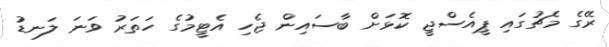
ރޭގެ މެޗުގައި ޕީއެސްޖީ ކޮޅަށް ބާސައިން ޖެހި އެޓީމުގެ ހަތަރު ވަނަ ލަނޑު